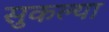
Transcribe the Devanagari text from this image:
सुकल्या